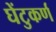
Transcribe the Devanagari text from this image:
घेंटुकर्ण